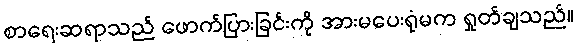
စာရေးဆရာသည် ဖောက်ပြားခြင်းကို အားမပေးရုံမက ရှုတ်ချသည်။